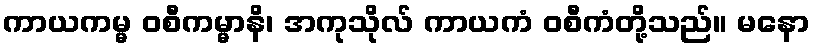
ကာယကမ္မ ဝစီကမ္မာနိ၊ အကုသိုလ် ကာယကံ ဝစီကံတို့သည်။ မနော